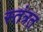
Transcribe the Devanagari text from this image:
स्तंत्रत